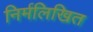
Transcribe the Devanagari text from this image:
निर्मलिखित